Annual report on the Civil Veterinary Department, Burma (including the Insein Veterinary School) - 1910-1922
Year: 1910
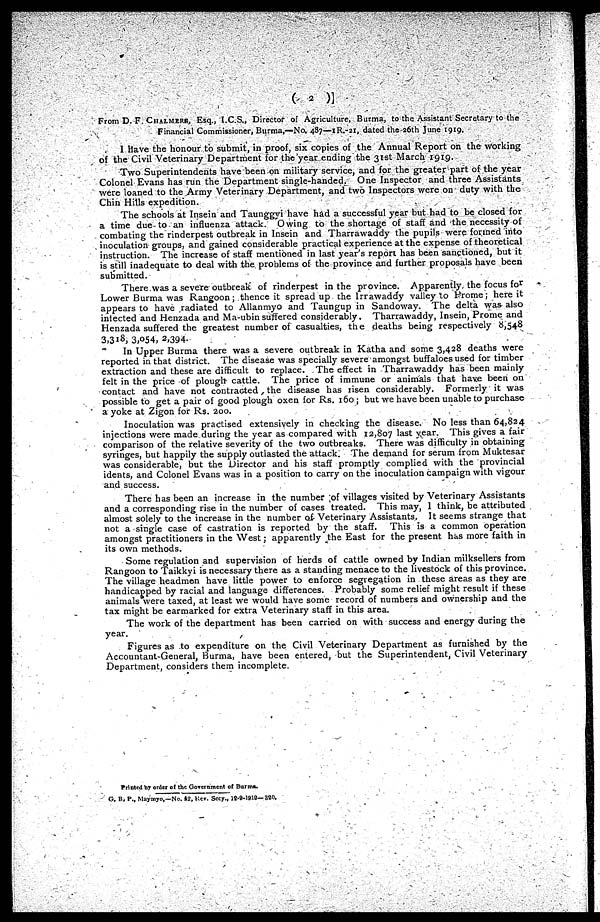
( 2 )
From D. F. CHALMERS, Esq., I.C.S., Director of Agriculture, Burma, to the Assistant Secretary to the
Financial Commissioner, Burma,—No. 487—1R.-21, dated the 26th June 1919.
I Have the honour to submit, in proof, six copies of the Annual Report on the working
of the Civil Veterinary Department for the year ending the 31st March 1919.
Two Superintendents have been on military service, and for the greater part of the year
Colonel Evans has run the Department single-handed. One Inspector and three Assistants
were loaned to the Army Veterinary Department, and two Inspectors were on duty with the
Chin Hills expedition.
The schools at Insein and Taunggyi have had a successful year but had to be closed for
a time due to an infiuenza attack. Owing to the shortage of staff and the necessity of
combating the rinderpest outbreak in Insein and Tharrawaddy the pupils were formed into
inoculation groups, and gained considerable practical experience at the expense of theoretical
instruction. The increase of staff mentioned in last year's report has been sanctioned, but it
is still inadequate to deal with the problems of the province and further proposals have been
submitted.
There was a severe outbreak of rinderpest in the province. Apparently the focus for
Lower Burma was Rangoon; thence it spread up the Irrawaddy valley to Prome; here it
appears to have radiated to Allanmyo and Taungup in Sandoway. The delta was also
intected and Henzada and Ma-ubin suffered considerably. Tharrawaddy, Insein, Prome and
Henzada suffered the greatest number of casualties, the deaths being respectively 8,548
3,318, 3,054, 2,394.
In Upper Burma there was a severe outbreak in Katha and some 3,428 deaths were
reported in that district. The disease was specially severe amongst buffaloes used for timber
extraction and these are difficult to replace. The effect in Tharrawaddy has been mainly
felt in the price of plough cattle. The price of immune or animals that have been on
contact and have not contracted the disease has risen considerably. Formerly it was
possible to get a pair of good plough oxen for Rs. 160; but we have been unable to purchase
a yoke at Zigon for Rs. 200.
Inoculation was practised extensively in checking the disease. No less than 64,824
injections were made during the year as compared with 12,807 last year. This gives a fair
comparison of the relative severity of the two outbreaks. There was difficulty in obtaining
syringes, but happily the supply outlasted the attack. The demand for serum from Muktesar
was considerable, but the Director and his staff promptly complied with the provincial
idents, and Colonel Evans was in a position to carry on the inoculation campaign with vigour
and success.
There has been an increase in the number of villages visited by Veterinary Assistants
and a corresponding rise in the number of cases treated. This may, 1 think, be attributed
almost solely to the increase in the number of Veterinary Assistants. It seems strange that
not a single case of castration is reported by the staff. This is a common operation
amongst practitioners in the West; apparently the East for the present has more faith in
its own methods.
Some regulation and supervision of herds of cattle owned by Indian milksellers from
Rangoon to Taikkyi is necessary there as a standing menace to the livestock of this province.
The village headmen have little power to enforce segregation in these areas as they are
handicapped by racial and language differences. Probably some relief might result if these
animals were taxed, at least we would have some record of numbers and ownership and the
tax might be earmarked for extra Veterinary staff in this area.
The work of the department has been carried on with success and energy during the
year.
Figures as to expenditure on the Civil Veterinary Department as furnished by the
Accountant-General, Burma, have been entered, but the Superintendent, Civil Veterinary
Department, considers them incomplete.
Printed by order of the Government of Burma.
G. B. P., Maymyo,—No. 42, Kev. Secy., 12-9-1919—320.